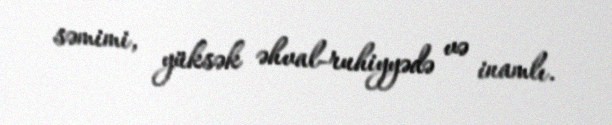
səmimi, yüksək əhval-ruhiyyədə və inamlı.